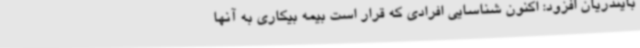
بایندریان افزود: اکنون شناسایی افرادی که قرار است بیمه بیکاری به آنها